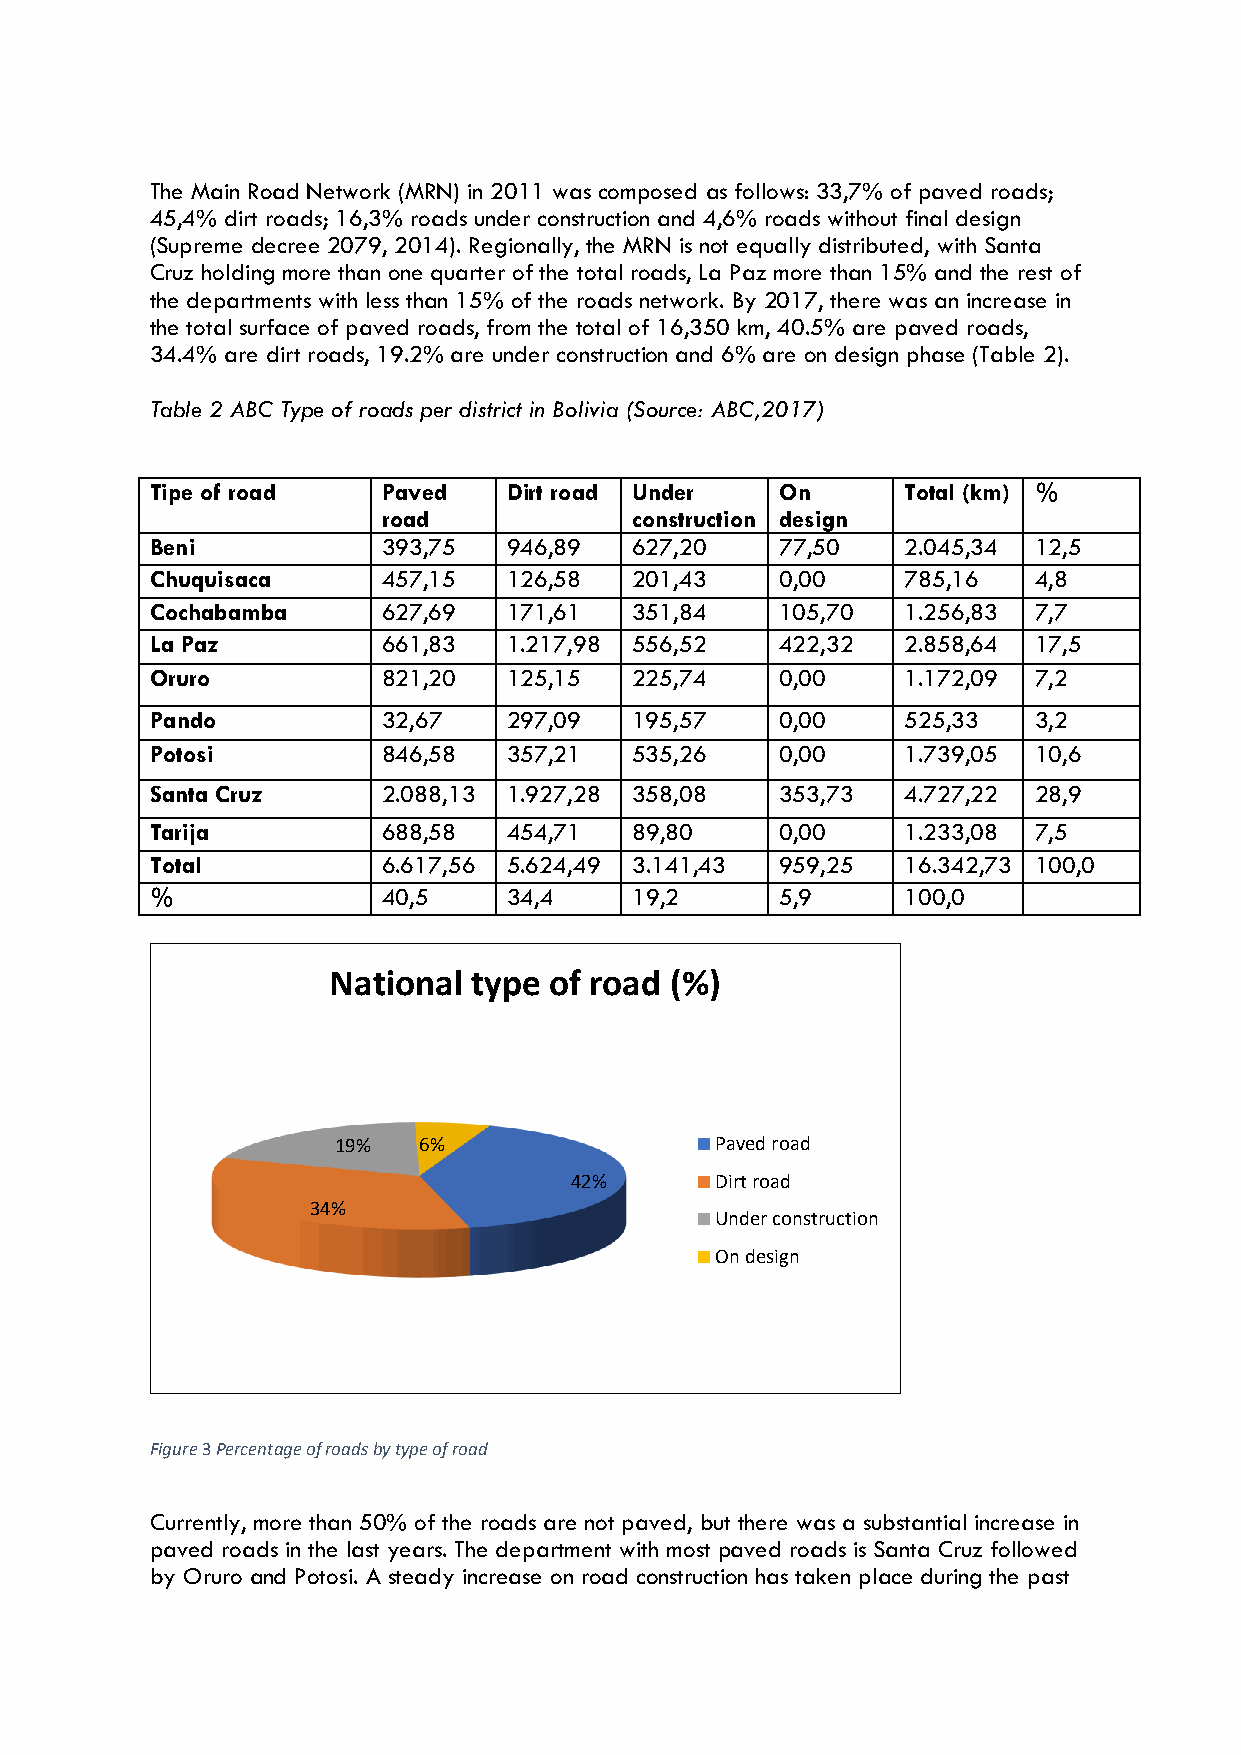
The Main Road Network (MRN) in 2011 was composed as follows: 33,7% of paved roads;
 45,4% dirt roads; 16,3% roads under construction and 4,6% roads without final design
 (Supreme decree 2079, 2014). Regionally, the MRN is not equally distributed, with Santa
 Cruz holding more than one quarter of the total roads, La Paz more than 15% and the rest of
 the departments with less than 15% of the roads network. By 2017, there was an increase in
 the total surface of paved roads, from the total of 16,350 km, 40.5% are paved roads,
 34.4% are dirt roads, 19.2% are under construction and 6% are on design phase (Table 2).
 Table 2 ABC Type of roads per district in Bolivia (Source: ABC,2017)
 Tipe of road   Paved    Dirt road Under   On      Total (km) %
 road             construction design
 Beni           393,75   946,89  627,20    77,50   2.045,34 12,5
 Chuquisaca     457,15   126,58  201,43    0,00    785,16  4,8
 Cochabamba     627,69   171,61  351,84    105,70  1.256,83 7,7
 La Paz         661,83   1.217,98 556,52   422,32  2.858,64 17,5
 Oruro          821,20   125,15  225,74    0,00    1.172,09 7,2
 Pando          32,67    297,09  195,57    0,00    525,33  3,2
 Potosi         846,58   357,21  535,26    0,00    1.739,05 10,6
 Santa Cruz     2.088,13 1.927,28 358,08   353,73  4.727,22 28,9
 Tarija         688,58   454,71  89,80     0,00    1.233,08 7,5
 Total          6.617,56 5.624,49 3.141,43 959,25  16.342,73 100,0
 %              40,5     34,4    19,2      5,9     100,0
 National type of road (%)
 19%   6%                 Paved road
 42%      Dirt road
 34%
 Under construction
 On design
 Figure 3 Percentage of roads by type of road
 Currently, more than 50% of the roads are not paved, but there was a substantial increase in
 paved roads in the last years. The department with most paved roads is Santa Cruz followed
 by Oruro and Potosi. A steady increase on road construction has taken place during the past